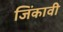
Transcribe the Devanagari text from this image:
जिंकावी